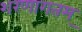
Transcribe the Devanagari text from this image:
शरणागतम्‌